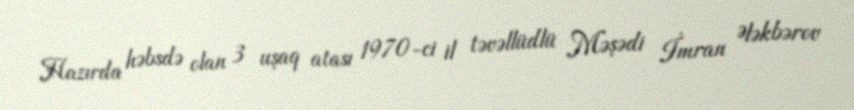
Hazırda həbsdə olan 3 uşaq atası 1970-ci il təvəllüdlü Məşədi İmran Ələkbərov